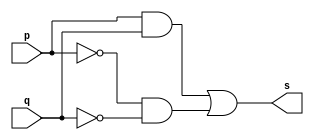
//---------------------
// XNOR
//---------------------

module xnorgate(output s,
input p,
input q);
assign s = ((p&q)|(~p&~q));
endmodule

module testxnorgate;

reg a, b;
wire s;
 
xnorgate XNORGATE1(s, a, b);

initial begin:start
a=0; b=0;

end

initial begin
$display("Bernardo MP Olimpio - 451542"); 
$display("Test xNOR MOGAN");
a=0;b=0;
$monitor("%b & %b = %b", a, b, s); 
#1 a=0; b=0; 
#1 a=0; b=1;
#1 a=1; b=0;
#1 a=1; b=1;
end
endmodule